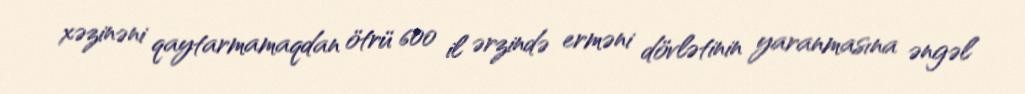
xəzinəni qaytarmamaqdan ötrü 600 il ərzində erməni dövlətinin yaranmasına əngəl